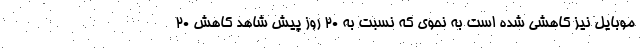
موبایل نیز کاهشی شده است به نحوی که نسبت به ۲۰ روز پیش شاهد کاهش ۲۰